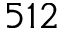
5 1 2